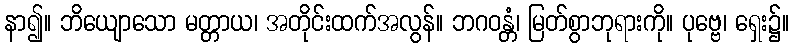
နာ၍။ ဘိယျောသော မတ္တာယ၊ အတိုင်းထက်အလွန်။ ဘဂဝန္တံ၊ မြတ်စွာဘုရားကို။ ပုဗ္ဗေ၊ ရှေး၌။